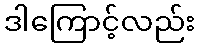
ဒါကြောင့်လည်း